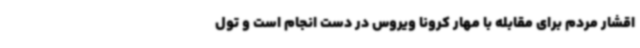
اقشار مردم برای مقابله با مهار کرونا ویروس در دست انجام است و تول